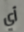
أي